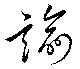
諭